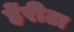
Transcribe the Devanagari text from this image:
हेंरीटा